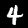
Digit: 4